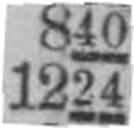
1224